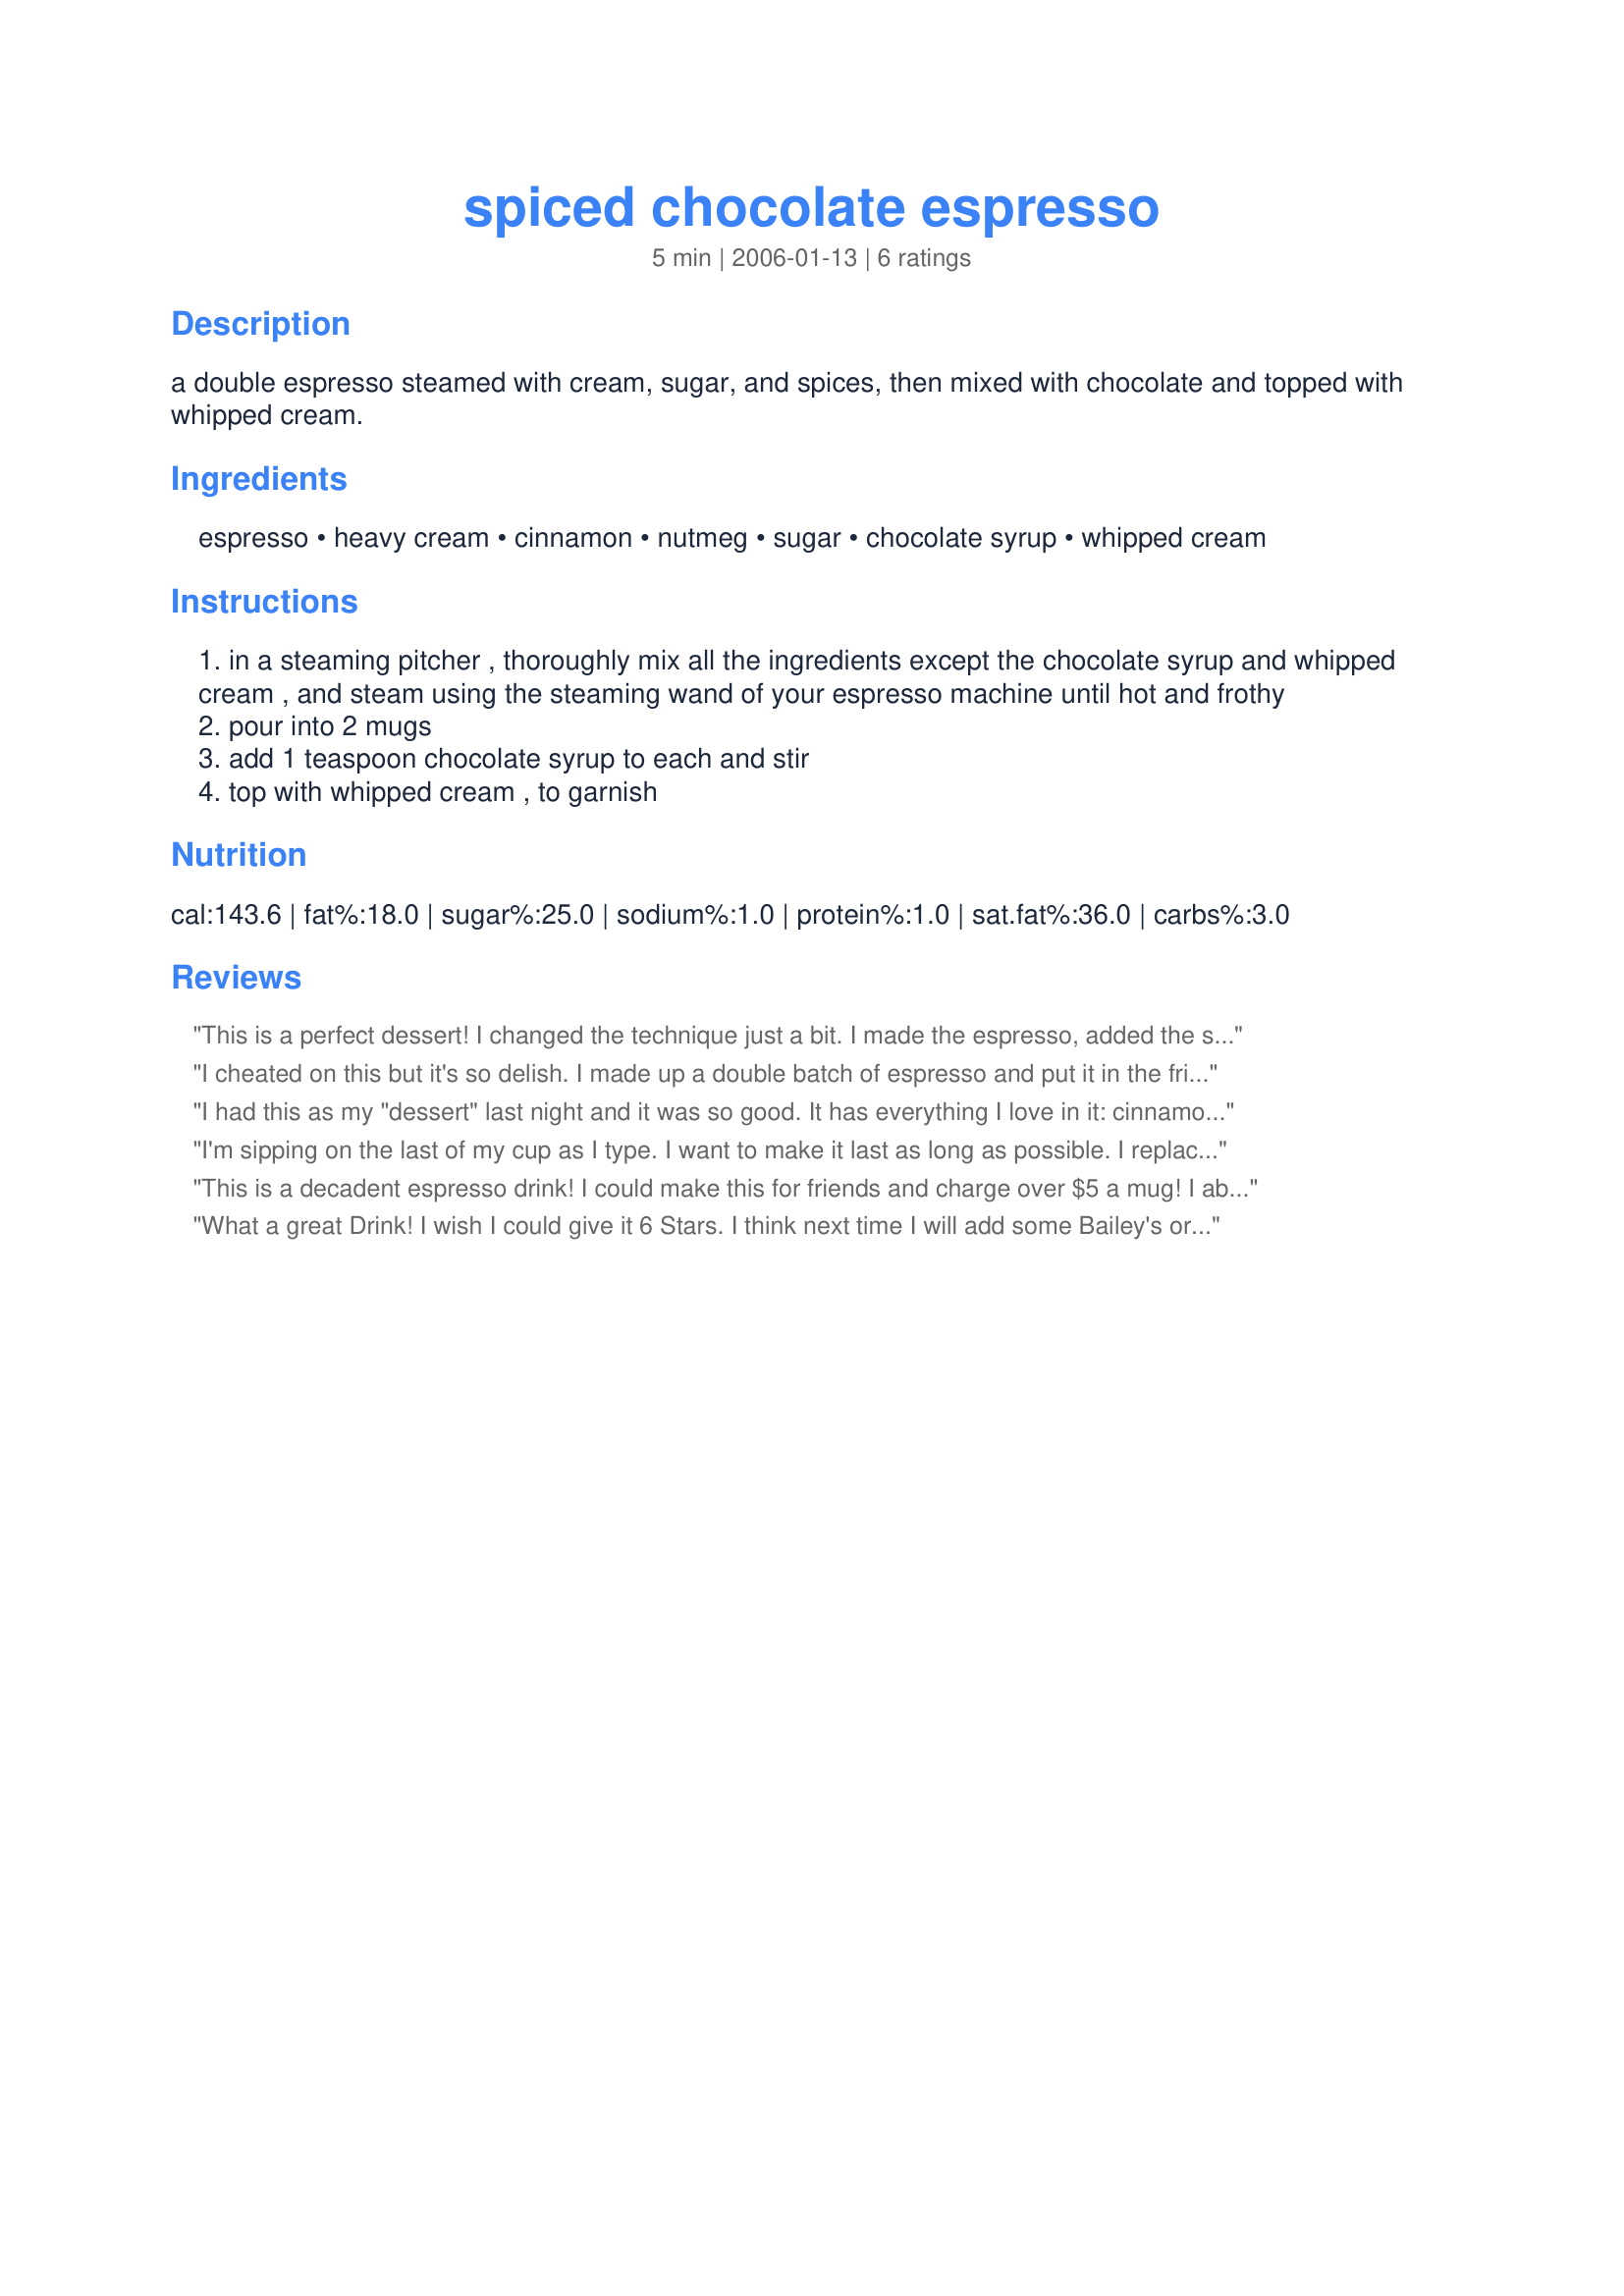
spiced chocolate espresso
Preparation time: 5 minutes

a double espresso steamed with cream, sugar, and spices, then mixed with chocolate and topped with whipped cream.

Ingredients:
espresso, heavy cream, cinnamon, nutmeg, sugar, chocolate syrup, whipped cream

Steps:
in a steaming pitcher , thoroughly mix all the ingredients except the chocolate syrup and whipped cream , and steam using the steaming wand of your espresso machine until hot and frothy
pour into 2 mugs
add 1 teaspoon chocolate syrup to each and stir
top with whipped cream , to garnish

Reviews:
This is a perfect dessert! I changed the technique just a bit.
I made the espresso, added the sugar and syrup....after adding the steamed cream (lots of foam) I sprinkled the cinnamon and nutmeg on top! 
LOVED it!!
We actually forgot the whipped cream :( but will include it next time!
Thank you littleturtle!
I cheated on this but it's so delish. I made up a double batch of espresso and put it in the fridge while I had a nap. When I woke up, wanting coffee for my caffeine fix, I lightly whipped the cream, mixed with the coffee and spices, iced it, and topped with more whipped cream and the chocolate syrup. Iced Espresso Heaven! I agree with Donna Luckadoo that this drink would be lovely with a hit of alcohol and will definitely be making this again to try it that way, too. Goes straight into the keeper file.
I had this as my "dessert" last night and it was so good. It has everything I love in it: cinnamon, nutmeg, chocolate syrup and whipped cream. It was impossible not to love! I am definitely going to be making this again and again - it is great for those cold winter nights. I do think Bailey's or Kahlua would be great in it, also, like Donna suggested. I will have to try it with one of those over the holidays! Thanks for posting!
I'm sipping on the last of my cup as I type. I want to make it last as long as possible. I replaced the cream with non-fat evaporated milk and used Splenda in place of sugar. The cinnamon and nutmeg are lovely and whats not to love about a touch of chocolate? Thank you LT for this marvelous treat.
This is a decadent espresso drink! I could make this for friends and charge over $5 a mug! I absolutely LOVE the taste of the cinnamon and nutmeg with the chocolate and espresso. I only made one minor change in putting this together in that I made my espresso and then steamed the milk and spices together. Then I placed the chocolate syrup & espresso in the mug, mixed those together and topped with the steamed milk and just foamed the milk for the topping instead of using whipped cream for a garnish. Fabulous coffee drink and one I'll be treating myself to quite often! Made for the Comfort Cafe Event Jan 2009.
What a great Drink! I wish I could give it 6 Stars. I think next time I will add some Bailey's or kahluah coffee liquior to it for a Extra treat! I think this will be good for the winter holiday's after a Big Snow and I can't wait to try it then too!
